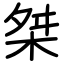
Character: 桀